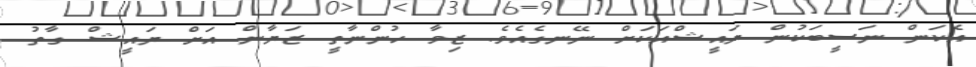
އެކަން ނަސީބަކުން ޔައީޝްއަކަށް ނޭނގެއެވެ. ޒިވާ ހުންނާތީ ޒަޔާން އަށް ޔައީޝް ގާތު